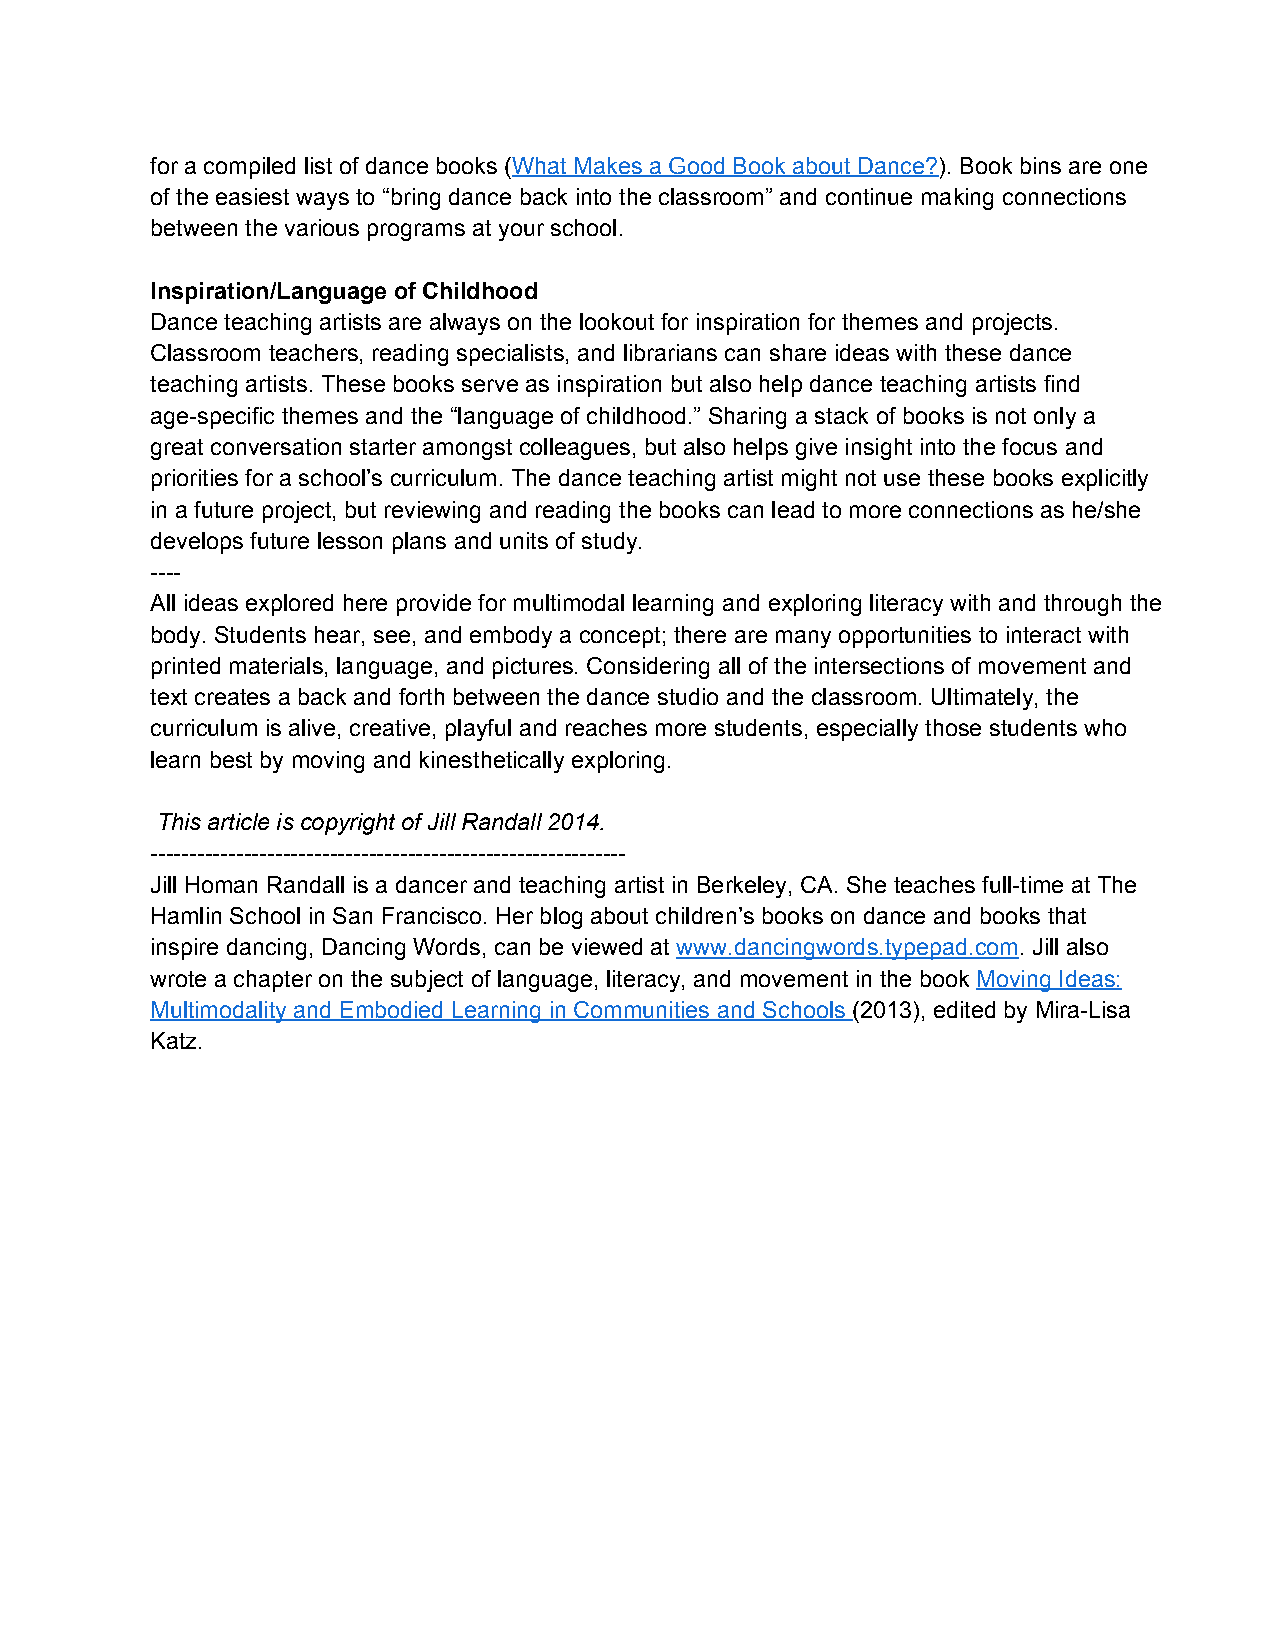
for a compiled list of dance books (What Makes a Good Book about Dance?). Book bins are one
 of the easiest ways to “bring dance back into the classroom” and continue making connections
 between the various programs at your school.
 Inspiration/Language of Childhood
 Dance teaching artists are always on the lookout for inspiration for themes and projects.
 Classroom teachers, reading specialists, and librarians can share ideas with these dance
 teaching artists. These books serve as inspiration but also help dance teaching artists find
 age­specific themes and the “language of childhood.” Sharing a stack of books is not only a
 great conversation starter amongst colleagues, but also helps give insight into the focus and
 priorities for a school’s curriculum. The dance teaching artist might not use these books explicitly
 in a future project, but reviewing and reading the books can lead to more connections as he/she
 develops future lesson plans and units of study.
 ­­­­
 All ideas explored here provide for multimodal learning and exploring literacy with and through the
 body. Students hear, see, and embody a concept; there are many opportunities to interact with
 printed materials, language, and pictures. Considering all of the intersections of movement and
 text creates a back and forth between the dance studio and the classroom. Ultimately, the
 curriculum is alive, creative, playful and reaches more students, especially those students who
 learn best by moving and kinesthetically exploring.
 This article is copyright of Jill Randall 2014.
 ­­­­­­­­­­­­­­­­­­­­­­­­­­­­­­­­­­­­­­­­­­­­­­­­­­­­­­­­­­­­­
 Jill Homan Randall is a dancer and teaching artist in Berkeley, CA. She teaches full­time at The
 Hamlin School in San Francisco. Her blog about children’s books on dance and books that
 inspire dancing, Dancing Words, can be viewed at www.dancingwords.typepad.com. Jill also
 wrote a chapter on the subject of language, literacy, and movement in the book Moving Ideas:
 Multimodality and Embodied Learning in Communities and Schools (2013), edited by Mira­Lisa
 Katz.